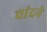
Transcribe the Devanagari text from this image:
चांदने